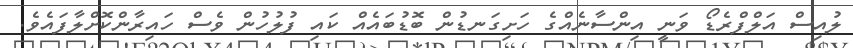
ލުއިސް އަލްފްރެޑޯ ވަނީ އިންސާނެއްގެ ހަށިގަނޑުން ބޮޑުބައެއް ކައި ފުލުހުން ވެސް ހައިރާންކޮށްލާފައެވެ.